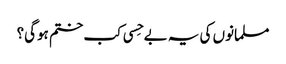
مسلمانوں کی یہ بے حِسی کب ختم ہوگی؟